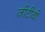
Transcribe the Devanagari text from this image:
ज़ीटीवी